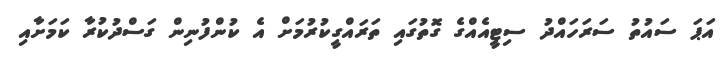
އަޕަ ސައުތު ސަރަހައްދު ސިޓީއެއްގެ ގޮތުގައި ތަރައްގީކުރުމަށް އެ ކުންފުނިން ގަސްދުކުރާ ކަމަށާއި